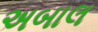
અબાલ